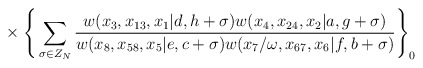
\begin{align*}{}~~~~~~~~~~~~~\times \Bigg\{\sum_{\sigma \in Z_N}\frac{w(x_3,x_{13},x_1|d,h+\sigma)w(x_4,x_{24},x_2|a,g+\sigma)}{w(x_8,x_{58},x_5|e,c+\sigma)w(x_7/\omega,x_{67},x_6|f,b+\sigma)}\Bigg\}_0\end{align*}